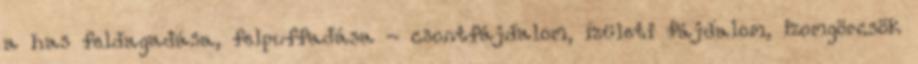
a has feldagadása, felpuffadása - csontfájdalom, ízületi fájdalom, izomgörcsök